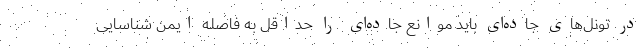
در تونل‌های جاده‌ای باید موانع جاده‌ای را حداقل به فاصله ایمن شناسایی